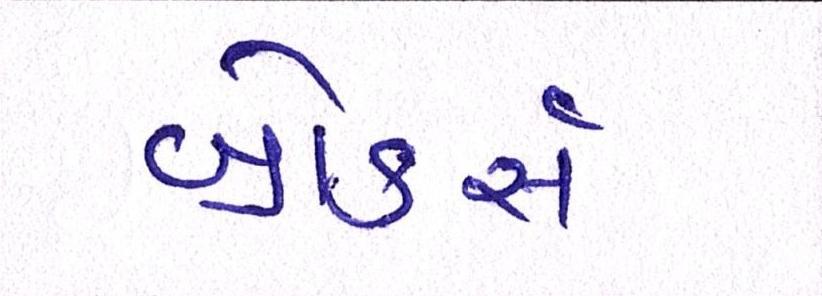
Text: બ્રોકર્સ